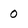
Character: O